system: You are a helpful assistant.
user:
Analyze the provided spectrum to determine if it is a **M-type Giant (gM)**.

A M-type Giant spectrum is defined by its **strong molecular absorption** features, particularly from **Titanium Oxide (TiO)**. You must check for one of the following mutually exclusive signatures:

- **Key Visual Indicators (Absorption-Dominated Spectrum):**

    - **(Primary):** The spectrum is dominated by strong molecular absorption from **Titanium Oxide (TiO)**. This is the **defining feature** of its M-type temperature class.
        - **(Key Bandheads):** Look for sharp, "saw-tooth" absorption valleys. The strongest are located near **~7050 Å**, **~6160 Å**, and **~5170 Å**.
        - **(Line Profile):** The "saw-tooth" morphology is critical: a **sharp, steep drop on the BLUE (short-wavelength) side** of the bandhead, followed by a gradual recovery (rising flux) towards the RED (long-wavelength) side.

    - **(Key Confirmation - Giant vs. Dwarf):** **ABSENCE** of strong **Calcium Hydride (CaH)** molecular bands. This is the primary diagnostic for *excluding* M-dwarfs.
        - **(Key Region):** The spectrum should lack the strong, broad absorption band seen in dwarfs between **~6800 Å and ~7000 Å**.

    - **(Secondary Confirmation - Giant):** A very strong and broad **Neutral Calcium (Ca I)** atomic absorption line.
        - **(Key Line):** Located at **~4226 Å**. In a giant (gM), this line is significantly deeper and broader than the same line in an M-dwarf (dM) due to low surface gravity.

    - **(Overall Spectrum):**
        - The continuum is **extremely red-sloping** (i.e., flux is very low in the blue and rises dramatically towards the red).
        - The entire spectrum appears "chopped up" by the deep TiO bands.

Think first, call **spectral_visualization_tool** if needed to examine features in detail, then provide your final answer. Your response must adhere to the following strict rules:
1.  **Overall Structure:** Your response must follow the format `<think>...</think> <tool_call>...</tool_call> (if a tool is used) <answer>...</answer>`.
2.  **Tool Usage Constraint:** You may only make **one** tool call per turn.
3.  **Final Answer Format:** In the `<answer>` tag, your conclusion must be inside a `\boxed{}` command (e.g., `\boxed{YES}` or `\boxed{NO}`), followed by your justification.

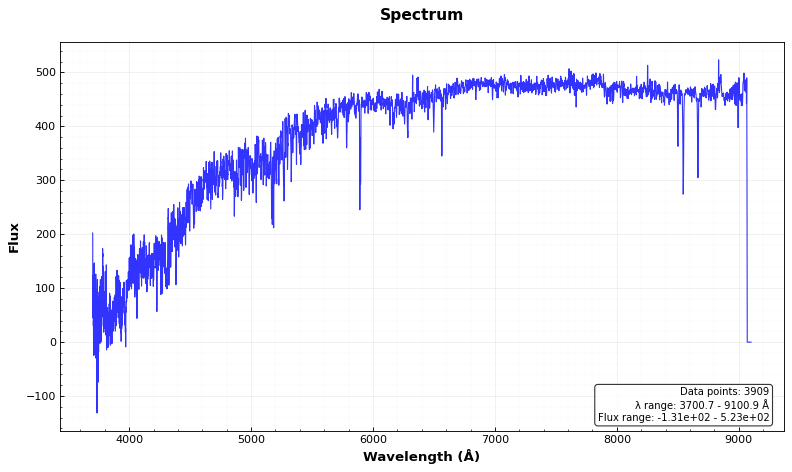
Answer: NO